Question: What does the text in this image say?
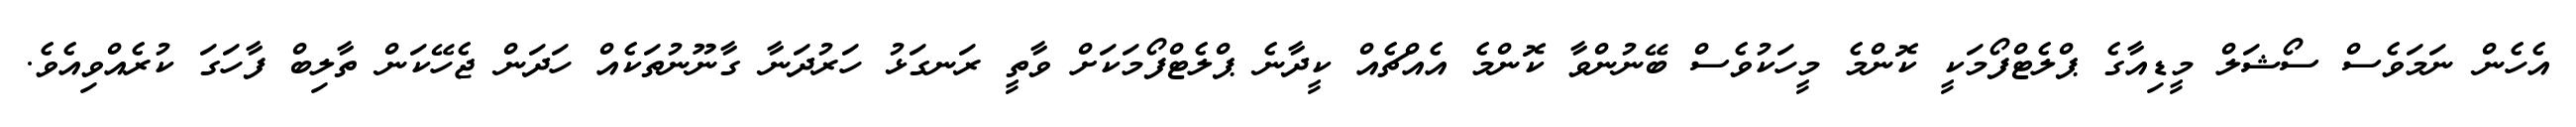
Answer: އެހެން ނަމަވެސް ސޯޝަލް މީޑިއާގެ ޕްލެޓްފޯމަކީ ކޮންމެ މީހަކުވެސް ބޭނުންވާ ކޮންމެ އެއްޗެއް ކީދާނެ ޕްލެޓްފޯމަކަށް ވާތީ ރަނގަޅު ހަރުދަނާ ގާނޫނުތަކެއް ހަދަން ޖެހޭކަން ތާލިބް ފާހަގަ ކުރެއްވިއެވެ.